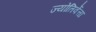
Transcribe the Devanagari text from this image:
ज्योतिर्वेत्ता